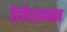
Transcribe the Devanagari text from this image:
रॅलीदरम्यान